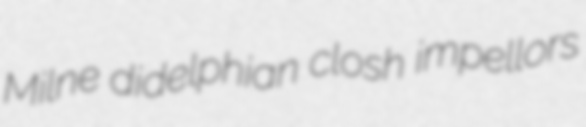
Milne didelphian closh impellors